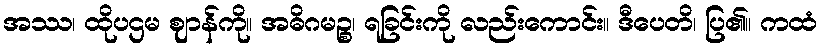
အဿ၊ ထိုပဌမ ဈာန်ကို။ အဓိဂမဉ္စ၊ ရခြင်းကို လည်းကောင်း။ ဒီပေတိ၊ ပြ၏။ ကထံ